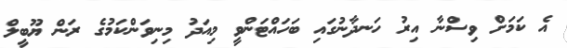
އެ ކަމަށް ވިސްނާ އިރު ހަނދާނުގައި ބަހައްޓަންވީ މިއަދު މިނިވަންކަމުގެ ރަން ޔޫބީލް